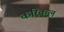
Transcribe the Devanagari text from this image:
करिकल